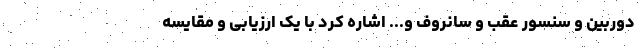
دوربین و سنسور عقب و سانروف و... اشاره کرد با یک ارزیابی و مقایسه